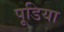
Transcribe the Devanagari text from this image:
पूडिया